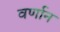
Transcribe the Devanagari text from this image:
वर्णान